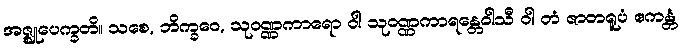
အဇ္ဈုပေက္ခတိ။ သစေ, ဘိက္ခဝေ, သုဝဏ္ဏကာရော ဝါ သုဝဏ္ဏကာရန္တေဝါသီ ဝါ တံ ဇာတရူပံ ဧကန္တံ